Papers set at the Examination for Leaving Certificates, 1893
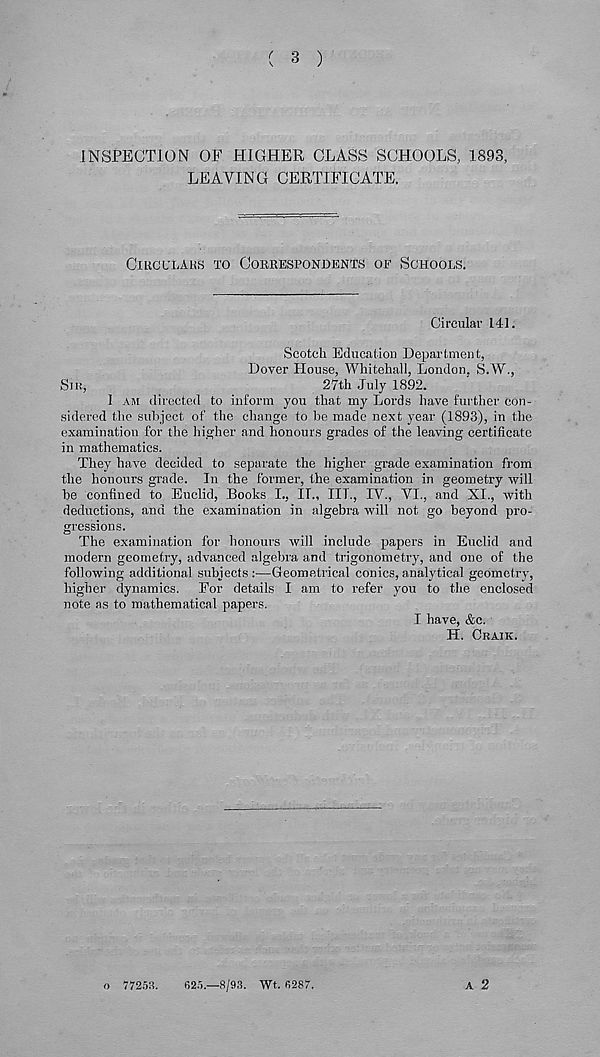
(
3
)
INSPECTION OF HIGHER CLASS SCHOOLS, 1893,
LEAVING CERTIFICATE,
CIUCULAKS TO CORRESPONDENTS OF SCHOOLS.
Circular 141.
Scotch Education Department,
Dover House, Whitehall, London, S.W.,
SIK,
27th July 1892.
1 AM directed to inform you that my Lords have further con-
sidered the subject of the change to be made next year (1893), in the
examination for the higher and honours grades of the leaving certificate
in mathematics.
They have decided to separate the higher grade examination from
the honours grade. In the former, the examination in geometry will
he confined to Euclid, Books I., If., III., IV., VI., and XL, with
deductions, and the examination in algebra will not go beyond pro-
gressions.
The examination for honours will include papers in Euclid and
modern geometry, advanced algebra and trigonometry, and one of the
following additional subjects :•—Geometrical conics, analytical geometry,
higher dynamics. For details I am to refer you to the enclosed
note as to mathematical papers.
I have, &c.
H. ORAIK.
A 2
o 77253.
625.-8/93. Wt. 6287,